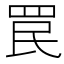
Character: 罠